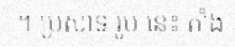
។ ប្រសាទ រូប នេះ តាំង